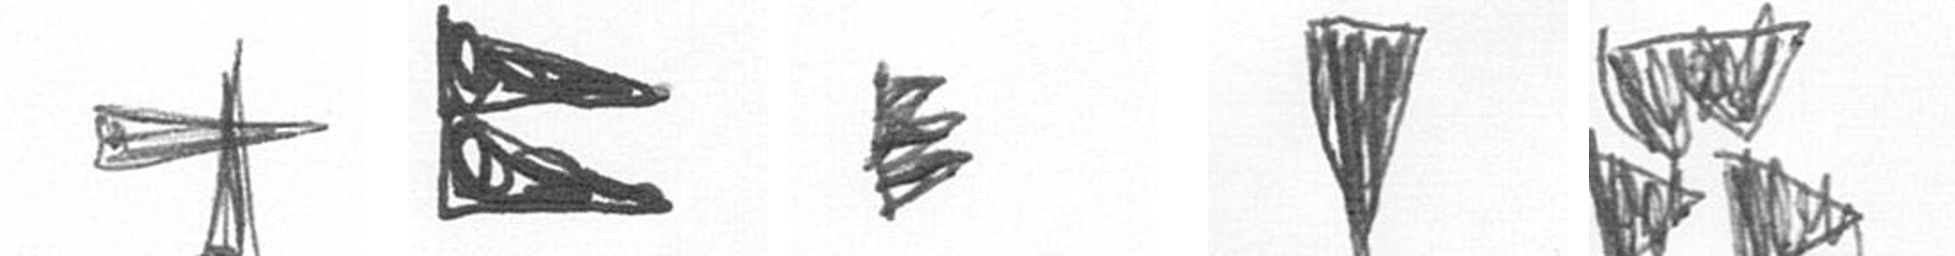
G P H J B